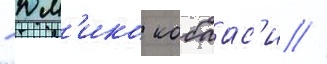
- юм'ико кобаас'и //